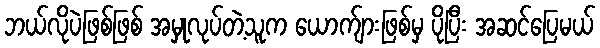
ဘယ်လိုပဲဖြစ်ဖြစ် အမှုလုပ်တဲ့သူက ယောက်ျားဖြစ်မှ ပိုပြီး အဆင်ပြေမယ်